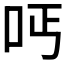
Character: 𠰁